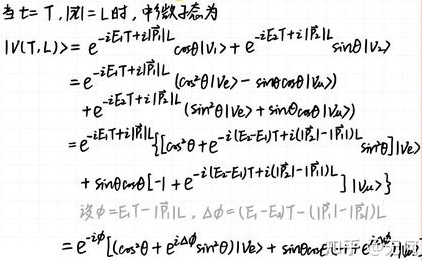
\[
\begin{align*}
|\psi(T,L)\rangle&=e^{-iE_1T + i\tilde{p}_1L}\cos\theta|v_1\rangle + e^{-iE_2T + i\tilde{p}_2L}\sin\theta|v_2\rangle\\
&=e^{-iE_1T + i\tilde{p}_1L}(\cos\theta|v_1e\rangle - \sin\theta\cos\theta|v_1a\rangle)\\
&+ e^{-iE_2T + i\tilde{p}_2L}(\sin^2\theta|v_2e\rangle + \sin\theta\cos\theta|v_2a\rangle)\\
&=e^{-iE_1T + i\tilde{p}_1L}\left[\left(\cos^2\theta + e^{-i(E_2 - E_1)T + i(\tilde{p}_2 - \tilde{p}_1)L}\sin^2\theta\right)|v_1e\rangle\right.\\
&\left.+\sin\theta\cos\theta\left[-1 + e^{-i(E_2 - E_1)T + i(\tilde{p}_2 - \tilde{p}_1)L}\right]|v_1a\rangle\right]\\
&\text{设 }\phi = E_1T - \tilde{p}_1L,\ \Delta\phi = (E_2 - E_1)T - (\tilde{p}_2 - \tilde{p}_1)L\\
&=e^{-i\phi}\left[\left(\cos^2\theta + e^{i\Delta\phi}\sin^2\theta\right)|v_1e\rangle + \sin\theta\cos\theta e^{i\Delta\phi}\right.
\end{align*}
\]